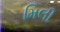
મિલી